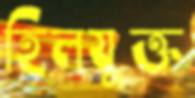
হিলযুক্ত